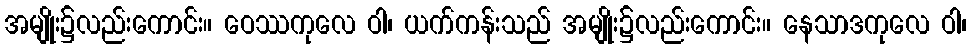
အမျိုး၌လည်းကောင်း။ ဝေဿကုလေ ဝါ၊ ယက်ကန်းသည် အမျိုး၌လည်းကောင်း။ နေသာဒကုလေ ဝါ၊